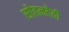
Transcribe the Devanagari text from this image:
सोहनदेवी